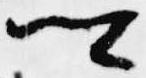
卿